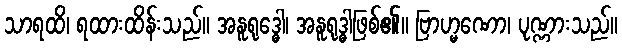
သာရထိ၊ ရထားထိန်းသည်။ အနူရုဒ္ဓေါ၊ အနူရုဒ္ဓါဖြစ်၏။ ဗြာဟ္မဏော၊ ပုဏ္ဏားသည်။